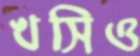
খসিও